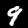
Digit: 9